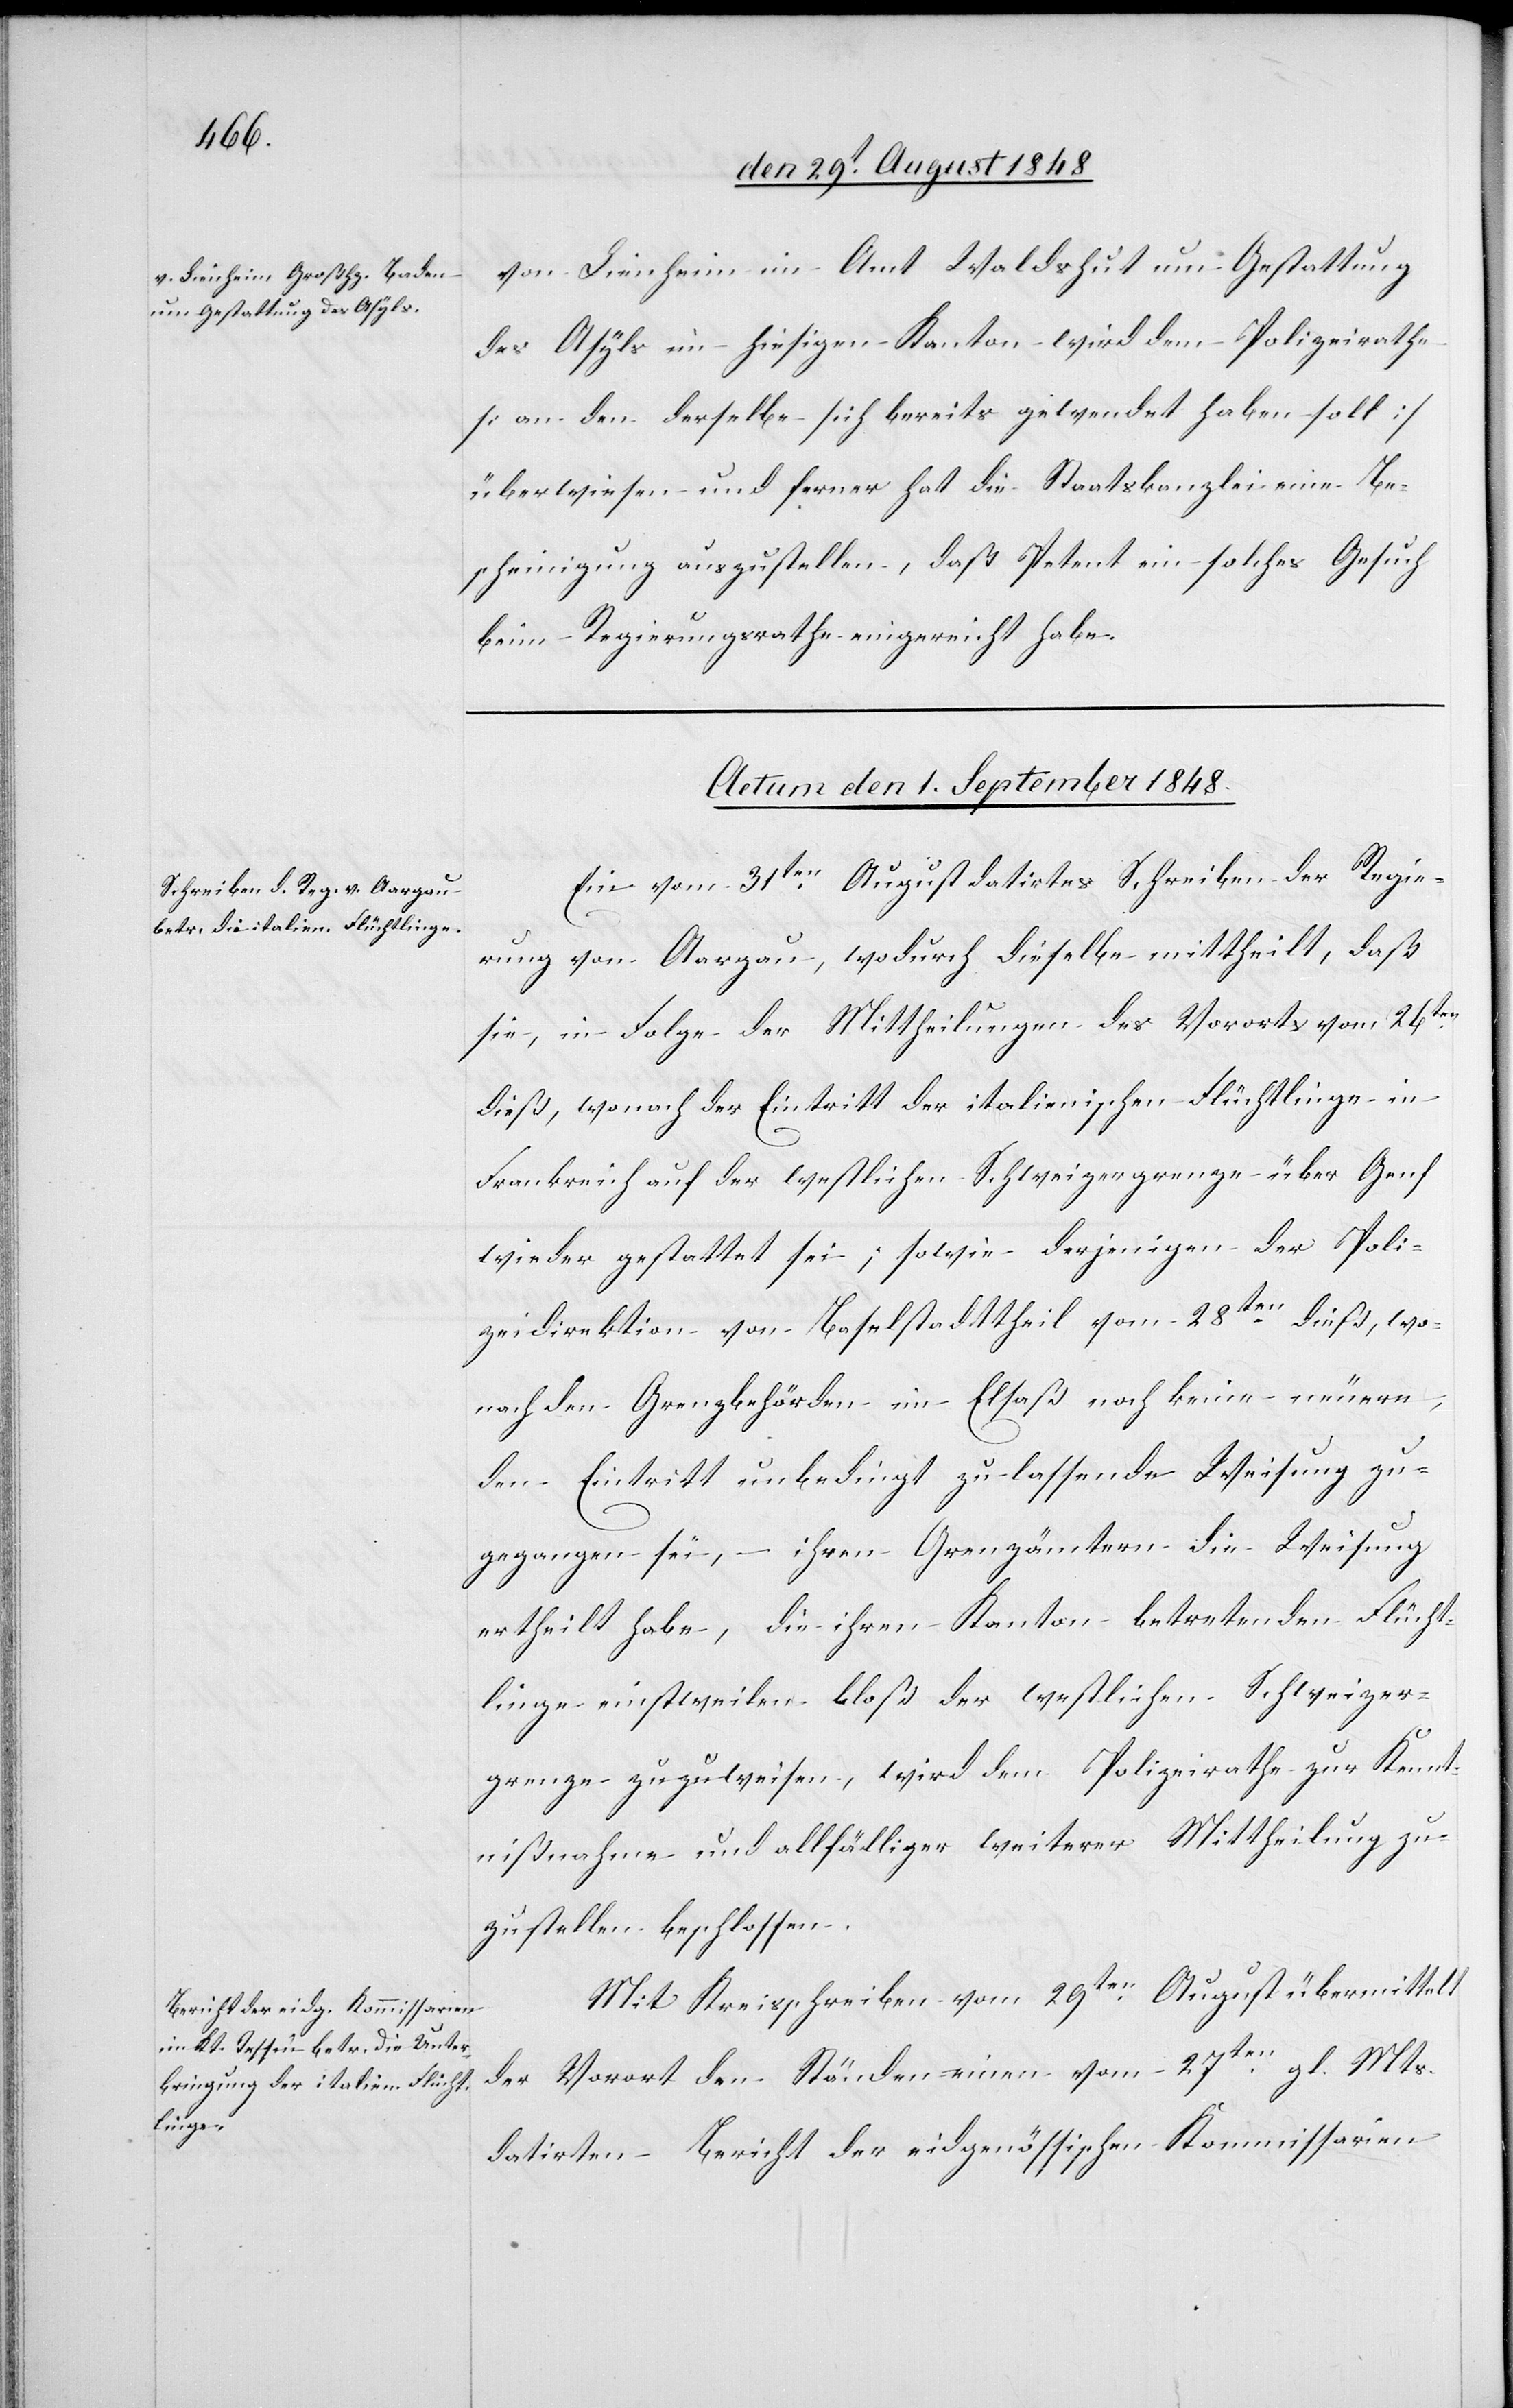
von Lienheim im Amt Waldshut um Gestattung
des Asyls im hiesigen Kanton wird dem Polizeirathe
[an den derselbe sich bereits gewendet haben soll]
überwiesen und ferner hat die Staatskanzlei eine Be¬
scheinigung auszustellen, daß Petent ein solches Gesuch
beim Regierungsrathe eingereicht habe.
Actum den 1. September 1848.]
Ein vom 31ten August datirtes Schreiben der Regie¬
rung von Aargau, wodurch dieselbe mittheilt, daß
sie, in Folge der Mittheilungen des Vororts vom 26ten
dieß, wonach der Eintritt der italienischen Flüchtlinge in
Frankreich auf der westlichen Schweizergrenze über Genf
wieder gestattet sei; sowie derjenigen der Poli¬
zeidirektion von Baselstadttheil vom 28ten dieß, wo¬
nach den Grenzbehörden im Elsaß noch keine neuere
den Eintritt unbedingt zulassende Weisung zu¬
gegangen sei, – ihren Grenzämtern die Weisung
ertheilt habe, die ihren Kanton betretenden Flücht¬
linge einstweilen bloß der westlichen Schweizer¬
grenze zuzuweisen, wird dem Polizeirathe zur Kennt¬
nißnahme und allfälliger weiterer Mittheilung zu¬
zustellen beschlossen.
Mit Kreisschreiben vom 29ten August übermittelt
der Vorort den Ständen einen vom 27ten gl. Mts.
datirten Bericht der eidgenössischen Kommissarien